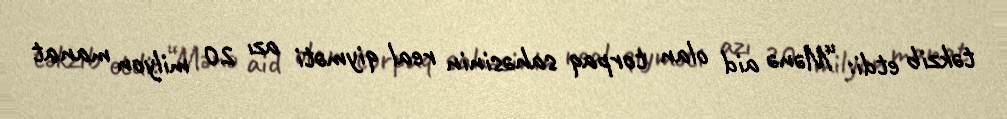
təkzib etdi: “Mənə aid olan torpaq sahəsinin real qiyməti azı 20 milyon manat